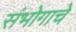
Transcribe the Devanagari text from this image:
संभोगाचे